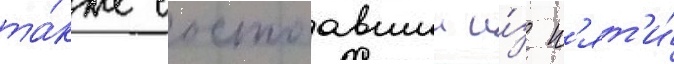
та́кже состоавшии и́з п'ят'и́